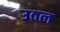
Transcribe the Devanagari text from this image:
उठल